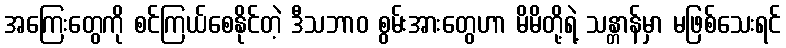
အကြေးတွေကို စင်ကြယ်စေနိုင်တဲ့ ဒီသဘာဝ စွမ်းအားတွေဟာ မိမိတို့ရဲ့ သန္တာန်မှာ မဖြစ်သေးရင်